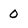
Character: 0